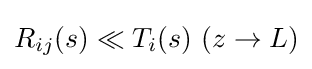
{\textstyle R_{ij}(s)\ll T_{i}(s)\ (z\to L)}